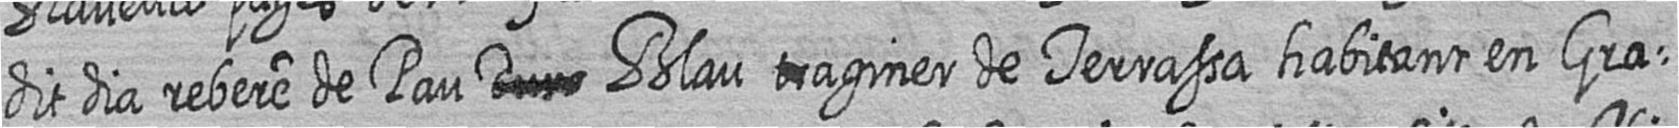
dit dia rebere de Pau # Blau traginer de Terrassa habitant en Gra=